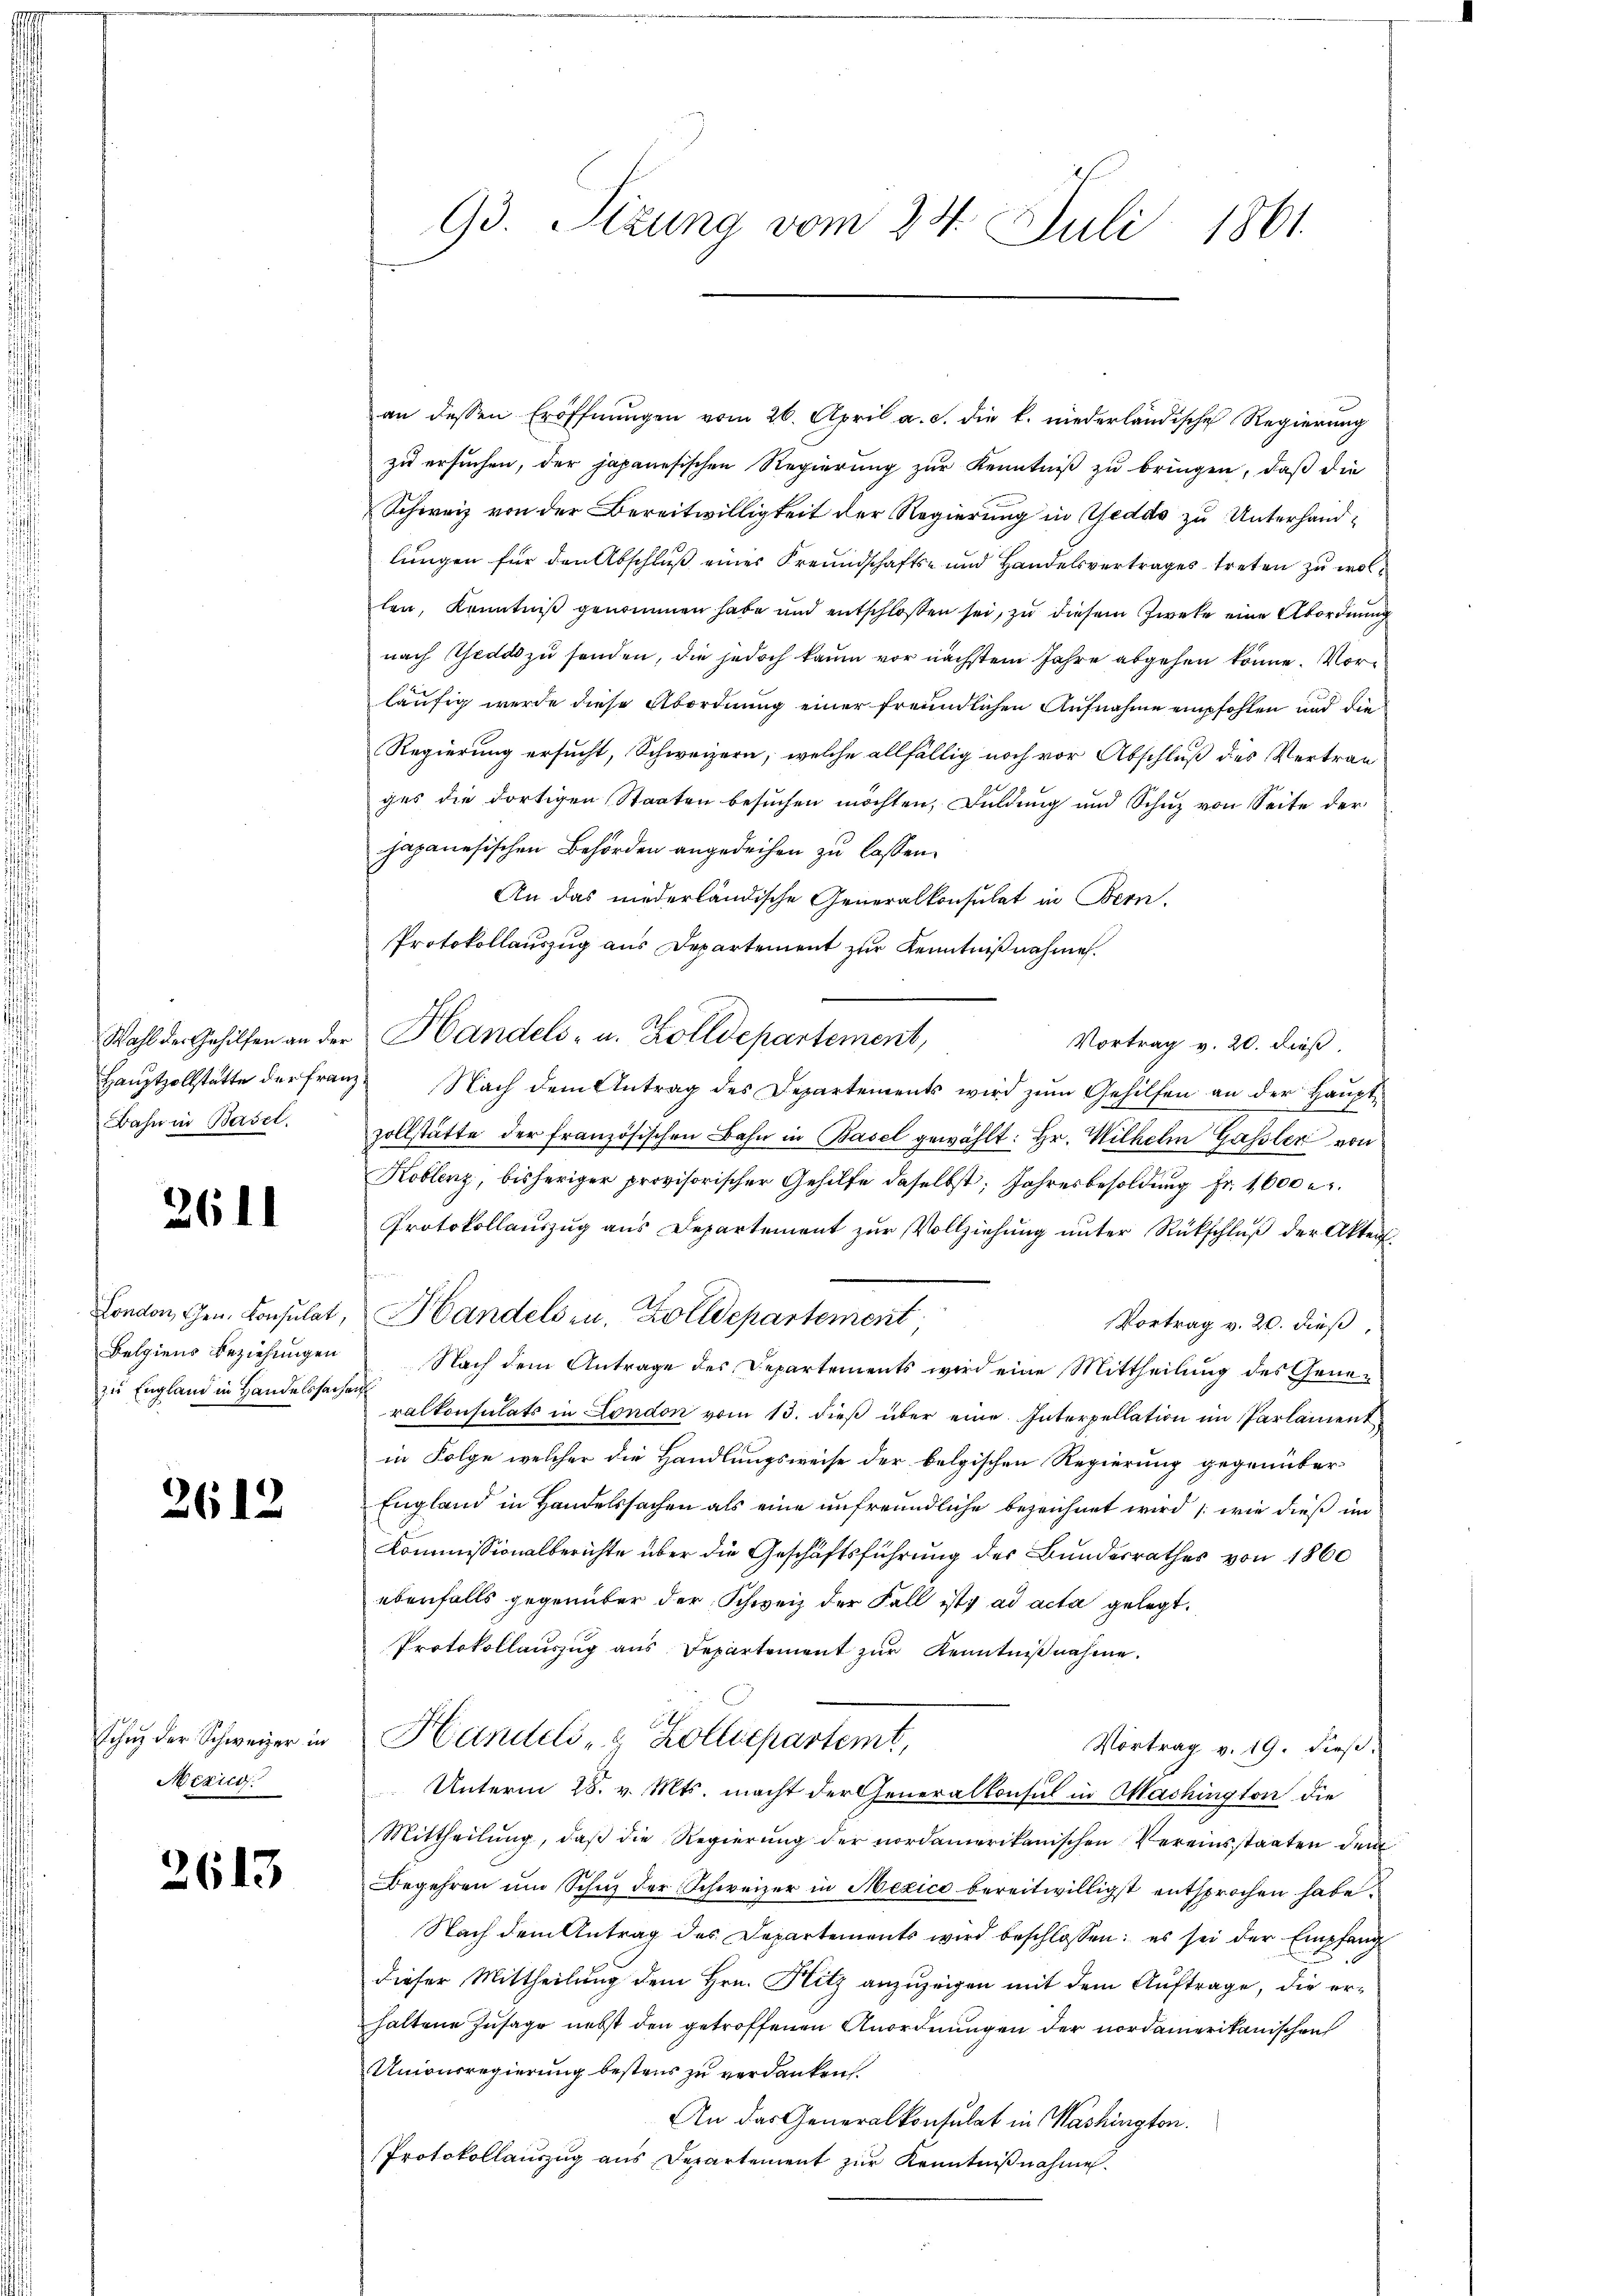
Wahl der Gehilfen an der
Hauptzollstatte der Fra
Bahn in Basel.

3611

London, Gen. Konsulat,
Belgiens Beziehungen
zu England in Handelssache

2612

de langen
Mezing

2613

93. Sizung vom 24. Juli 1861.

an dessen Eröffnŭngen vom 26. April a. c. die k. niederländische Regierung
zu ersuchen, der japanesischen Regierung zur Kenntniß zu bringen, daß die
Schweiz von der Bereitwilligkeit der Regierung in Geddo zu Unterhandlungen für den Abschluß eines Freundschafts- und Handelsvertrages treten zu wol
len, Kenntniß genommen habe und entschloßen sei, zu diesem Zwete eine Abordnung
nach Gelds zu senden, die jedoch kaum vor nächstem Jahre abgehen könne. Vor
läufig werde diese Abordnung einer freundlichen Aufnahme empfohlen und die
Regierung ersucht, Schweizern, welche allfällig noch vor Abschluß des Vertrag
ges die dortigen Staaten besuchen möchten, Duldung und Schuz von Seite der
japanesischen Behörden angedeihen zu lassen.
An das niederländische Generalkonsulat in Bern,
Protokollauszug aus Departement zur Kenntnißnahme
Handels- u. Zolldepartement,
Vortrag v. 20. dieß.
Nach dem Antrag des Departements wird zum Gehilfen an der Hauptzollstätte der französischen Bahn in Basel gewählt: Hr. Wilhelm Gassler von
Koblenz, bisheriger provisorischer Gehilfe daselbst; Jahresbesoldung Fr. 1600 e
Protokollauszug aus Departement zŭr Vollziehŭng ŭnter Rückschlŭβ der Akter
Handels in Zolldepartement
Vortrag v. 20. dieß,
Nach dem Antrage des Departements wird eine Mittheilung des Generalkonsulats in London vom 13. dieß über eine Interpellation im Parlament
in Folge welcher die Handlungsweise der belgischen Regierung gegenüber
England in Handelssachen als eine unfreundliche bezeichnet wird (wie dieß im
Kommissionalberichte über die Geschäftsführung des Bundesrathes von 1860
ebenfalls gegenüber der Schweiz der Fall ist ad acta gelegt.
Protokollauszug aus Departement zur Kenntnißnahme.
A
Handels- & Kollichartemt,
Vortrag v. 19. dieß.
Unterm 28. v. Mts. macht der Generalkonsul in Machington die
Mittheilŭng, daβ die Regierŭng der nordamerikanischen Vereinsstaaten dem
Begehren ŭm Schuz der Schweizer in Mexico bereitwilligst entsprochen habe.
Nach dem Antrag des Departements wird beschlossen: es sei der Empfang
dieser Mittheilung dem Hrn. Hitz anzuzeigen mit dem Auftrage, die erhaltene Zusage nebst den getroffenen Anordnungen der nordamerikanischen
Unionsregierung bestens zu verdanken.
An das Generalkonsulat in Washington.
Protokollauszug aus Departement zur Kenntnißnahme